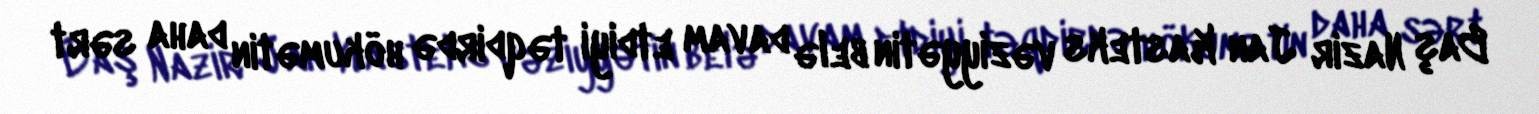
Baş Nazir Jan Kasteks vəziyyətin belə davam etdiyi təqdirdə hökumətin daha sərt